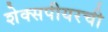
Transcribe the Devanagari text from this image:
शेक्सपीयरची